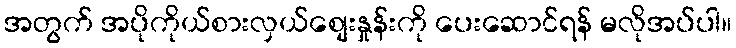
အတွက် အပိုကိုယ်စားလှယ်စျေးနှုန်းကို ပေးဆောင်ရန် မလိုအပ်ပါ။